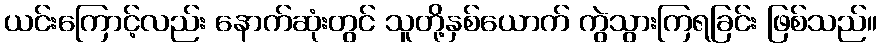
ယင်းကြောင့်လည်း နောက်ဆုံးတွင် သူတို့နှစ်ယောက် ကွဲသွားကြရခြင်း ဖြစ်သည်။